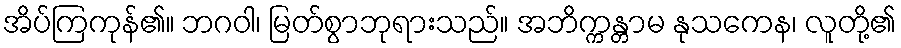
အိပ်ကြကုန်၏။ ဘဂဝါ၊ မြတ်စွာဘုရားသည်။ အဘိက္ကန္တာမ နုသကေန၊ လူတို့၏